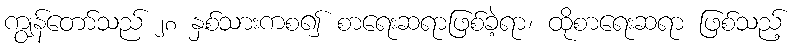
ကျွန်တော်သည် ၂၈ နှစ်သားကစ၍ စာရေးဆရာဖြစ်ခဲ့ရာ၊ ထိုစာရေးဆရာ ဖြစ်သည့်